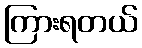
ကြားရတယ်